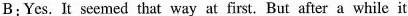
B:Yes. It seemed that way at first, But after a while it